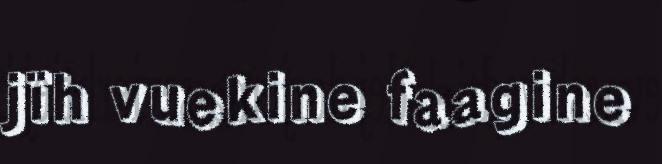
jïh vuekine faagine